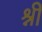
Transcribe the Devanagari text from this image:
श्नी